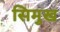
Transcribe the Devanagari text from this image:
सिमुख